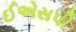
ઈએસપી